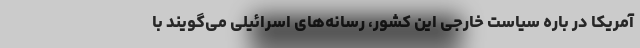
آمریکا در باره سیاست خارجی این کشور، رسانه‌های اسرائیلی می‌گویند با